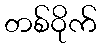
တစ်ဝိုက်